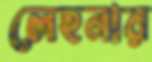
লেহনার